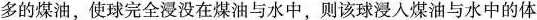
多的煤油，使球完全浸没在煤油与水中，则该球浸入煤油与水中的体